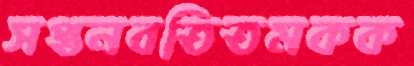
সপ্তনবতিতমকক